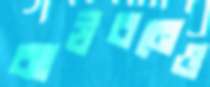
ঝাউবনেও